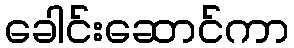
ခေါင်းဆောင်ကာ